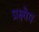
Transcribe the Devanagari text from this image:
प्रक्ष्येप